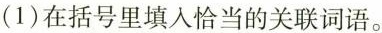
(1)在括号里填入恰当的关联词语。